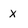
Character: x